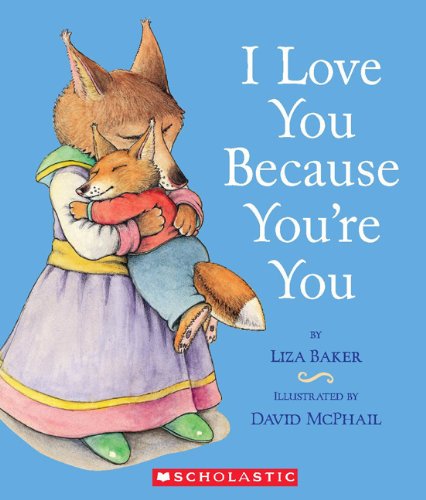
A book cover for I Love You Because You're You; Liza Baker; Children's Books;